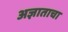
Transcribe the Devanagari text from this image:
अज्ञाताचा